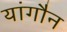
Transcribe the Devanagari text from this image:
यांगौन